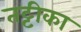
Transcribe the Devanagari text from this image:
तट्टीका